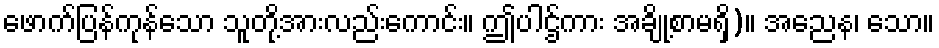
ဖောက်ပြန်ကုန်သော သူတို့အားလည်းကောင်း။ ဤပါဌ်ကား အချို့စာမရှိ)။ အညေန၊ သော။